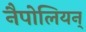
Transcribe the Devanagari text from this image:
नैपोलियन्